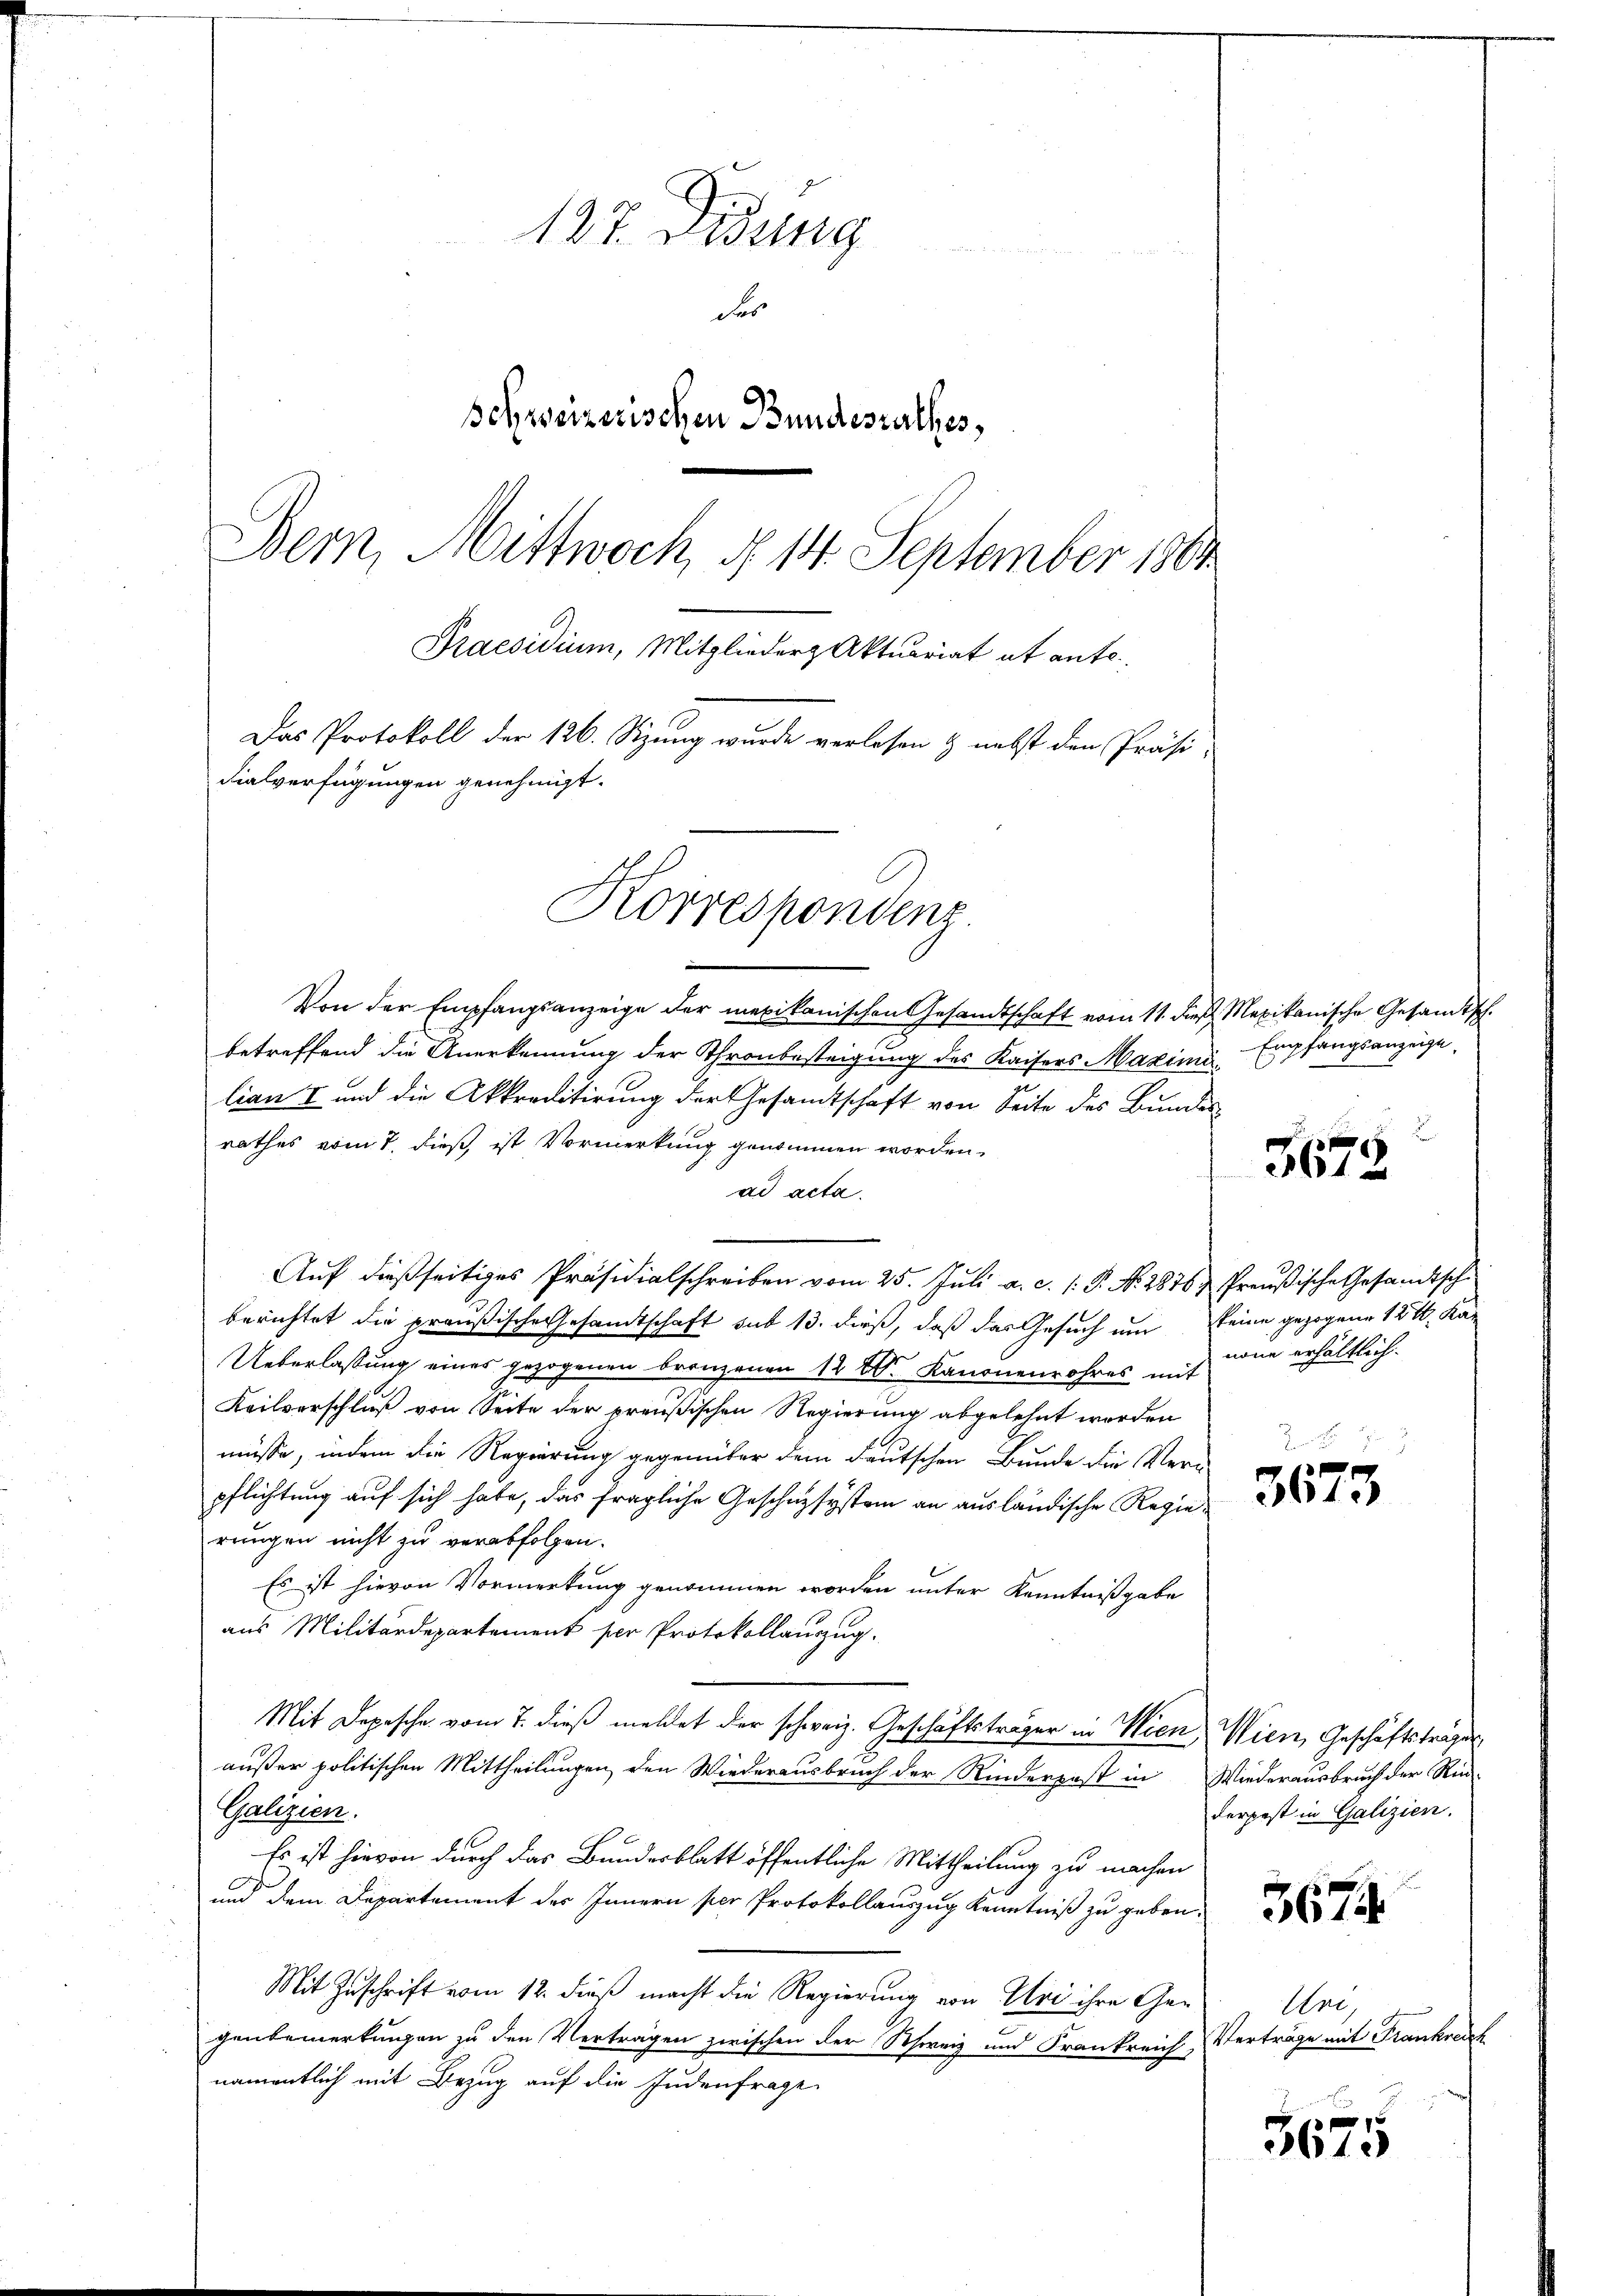
127. Didung
des
schweizerischen Bundesrathes,
Bern, Mittwoch, § 14. September 1881
Praesidium, Mitglieder Aktuariat et anto¬
Das Protokoll der 126. Sitzung wurde verlesen & nebst den Präsi-
dialverfügungen genehmigt.

Korrespondenz.

Von der Empfangsanzeige der mexikanischen Gesandtschaft vom 11. dieß Mexikanische Gesandtsch.
betreffend die Anerkennung der Thronbesteigung des Kaisers Maximi, Empfangsanzeige,
lian I und die Akkreditirung der Gesandtschaft von Seite des Bundes
rathes vom 7. dieß ist Vormerkung genommen worden.
ad acta.
Aŭf dießseitiges Präsidialschreiben vom 25. Jŭli a. c. s. S. Nr. 2876. Preußische Gesandtisch
berichtet die preußische Gesandtschaft sub 13. dieß, daß das Gesuch um keine gezogene 15 t. Ka-
Ueberlassung eines gezogenen Bronzenen 12 Xr. Kanonenrohres mit
Keilverschluß von Seite der preußischen Regierung abgelehnt werden
müsse, indem die Regierung gegenüber dem deutschen Bunde die Vern
pflichtung auf sich habe, das fragliche Geschnzsystem an ausländische Regierungen nicht zu verabfolgen.
Es ist hievon Vormerkung genommen worden unter Kenntnißgabe
aus Militärdepartement per Protokollauszug.
Mit Depesche vom 7. dieß meldet der schweiz. Geschäftsträger in Wien, Wien, Geschäftsträger
außer politischen Mittheilungen den Wiederausbruch der Rinderpost in Wiederausbruch der Rind-
Galizien.
Es ist hievon durch das Bundesblatt öffentliche Mittheilung zu machen
und dem Departement des Innern per Protokollauszug Kenntniß zu geben,
Mit Zuschrift vom 12. dieß macht die Regierung von Uri ihre Ge-
genbemerkungen zu den Verträgen zwischen der Schweiz und Frankreich Verträge mit Frankreich
namentlich mit Bezug auf die Judenfrage

r

3672

none erhältlich.

3673

derpest in Galizien.

3674

An

3675